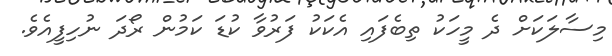
މިސާލަކަށް ދެ މީހަކު ތިބެފައި އެކަކު ފަރުވާ ކުޑަ ކަމުން ރޯދަ ނުހިފީއެވެ.